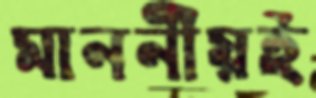
মাননীয়ই